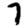
Digit: 7